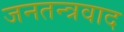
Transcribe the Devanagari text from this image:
जनतन्त्रवाद